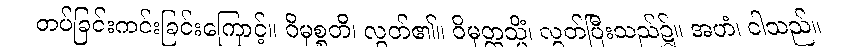
တပ်ခြင်းကင်းခြင်းကြောင့်။ ဝိမုစ္စတိ၊ လွတ်၏။ ဝိမုတ္တသ္မိံ၊ လွတ်ပြီးသည်၌။ အဟံ၊ ငါသည်။